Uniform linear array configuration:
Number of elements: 48
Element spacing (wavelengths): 0.75
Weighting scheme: exponential
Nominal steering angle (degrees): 60
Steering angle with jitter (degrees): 58.513
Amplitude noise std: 0.05
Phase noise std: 0.05

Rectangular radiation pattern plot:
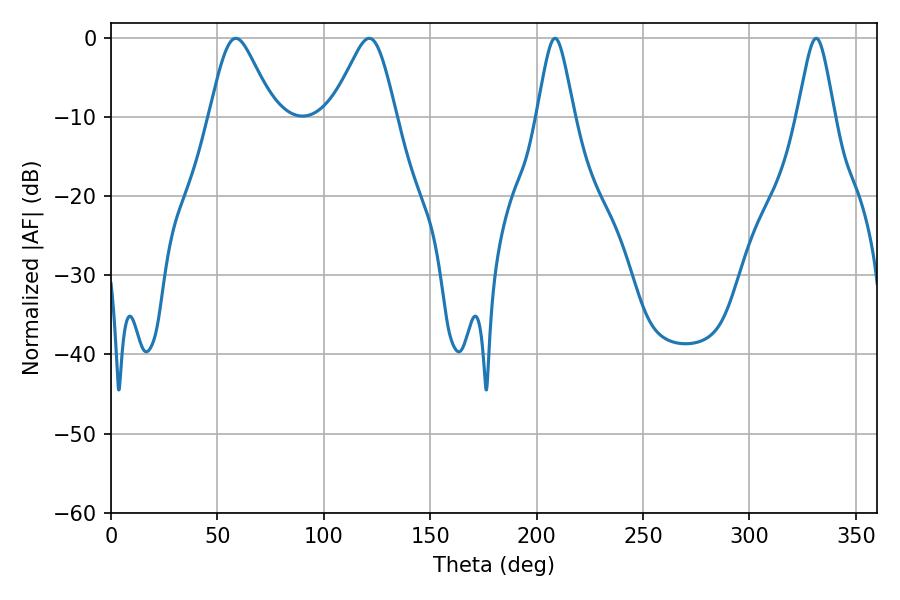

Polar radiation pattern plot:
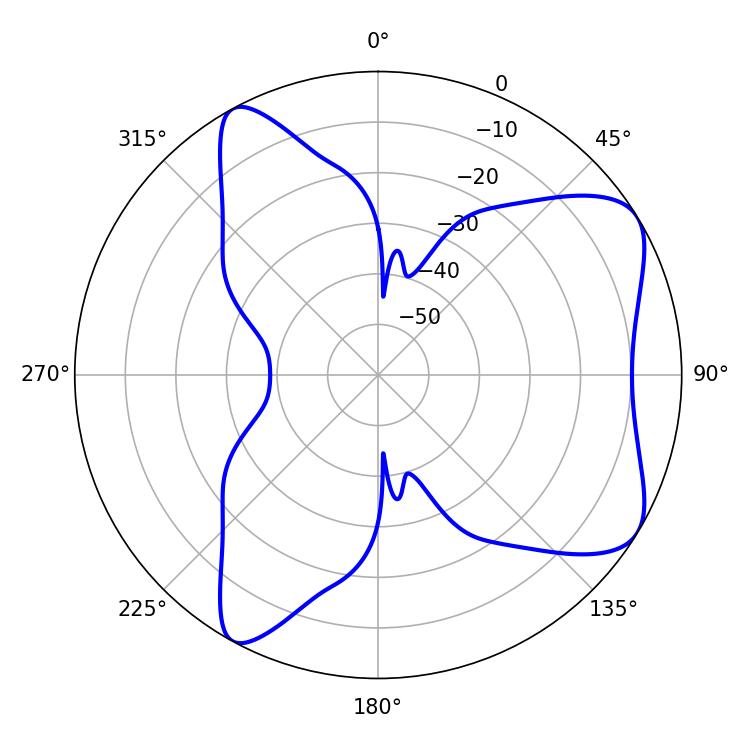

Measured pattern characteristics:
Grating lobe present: TRUE
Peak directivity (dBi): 7.078
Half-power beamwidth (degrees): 14.76
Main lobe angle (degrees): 58.68